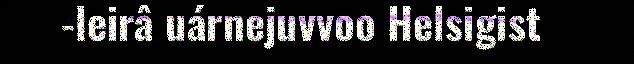
-leirâ uárnejuvvoo Helsigist